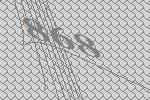
868